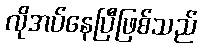
လိုအပ်နေပြီဖြစ်သည်